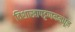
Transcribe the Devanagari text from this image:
विशाखापट्टणममधून